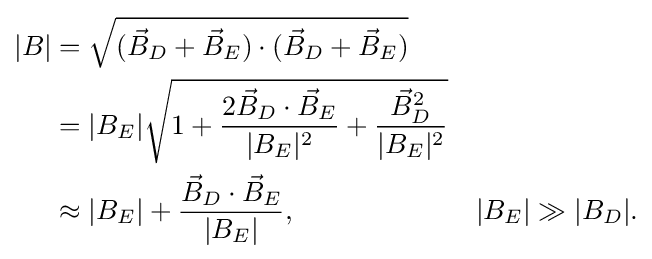
{\begin{aligned}|B|&={\sqrt {({\vec {B}}_{D}+{\vec {B}}_{E})\cdot ({\vec {B}}_{D}+{\vec {B}}_{E})}}\\&=|B_{E}|{\sqrt {1+{\frac {2{\vec {B}}_{D}\cdot {\vec {B}}_{E}}{|B_{E}|^{2}}}+{\frac {{\vec {B}}_{D}^{2}}{|B_{E}|^{2}}}}}\\&\approx |B_{E}|+{\frac {{\vec {B}}_{D}\cdot {\vec {B}}_{E}}{|B_{E}|}},&|B_{E}|\gg |B_{D}|.\end{aligned}}